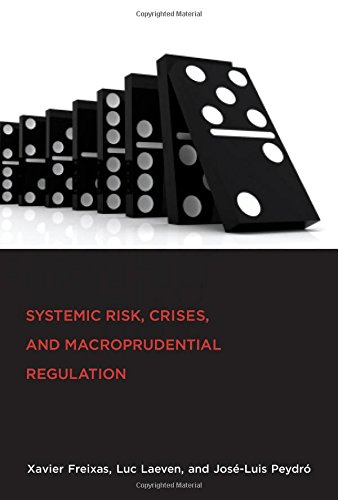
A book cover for Systemic Risk, Crises, and Macroprudential Regulation; Xavier Freixas; Business & Money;